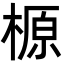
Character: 榞